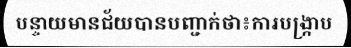
បន្ទាយមានជ័យបានបញ្ជាក់ថា៖ការបង្ក្រាប